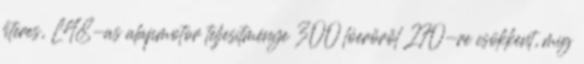
literes, L48-as alapmotor teljesítménye 300 lóerőről 270-re csökkent, míg